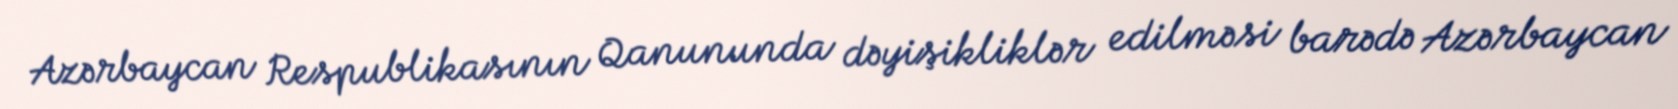
Azərbaycan Respublikasının Qanununda dəyişikliklər edilməsi barədə Azərbaycan